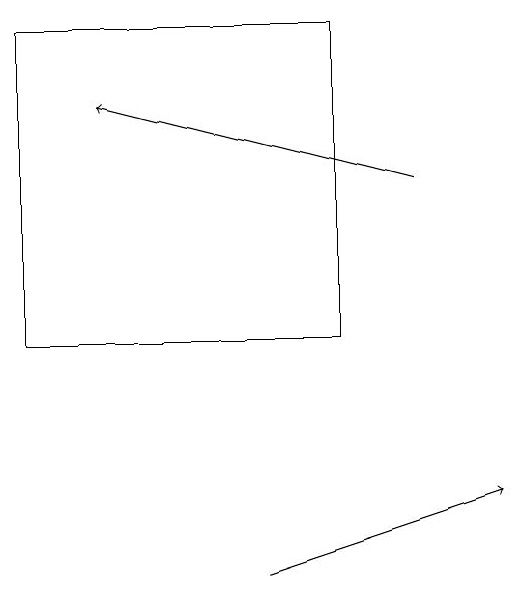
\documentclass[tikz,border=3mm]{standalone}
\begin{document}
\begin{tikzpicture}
\draw[->] (6,10) -- (9,11);
\draw (3,13) rectangle (7,17);
\draw[->] (8,15) -- (4,16);
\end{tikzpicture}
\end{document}